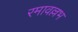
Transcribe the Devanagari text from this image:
रमावल्लभ